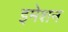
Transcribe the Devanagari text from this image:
इमेशन